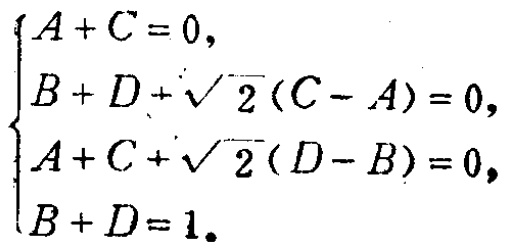
\[\begin{cases}
A + C = 0,\\
B + D+\sqrt{2}(C - A)=0,\\
A + C+\sqrt{2}(D - B)=0,\\
B + D = 1.
\end{cases}\]